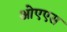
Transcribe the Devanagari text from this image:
ओएएस